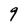
Character: 9